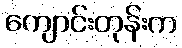
ကျောင်းတုန်းက